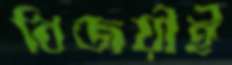
বিজয়ীই